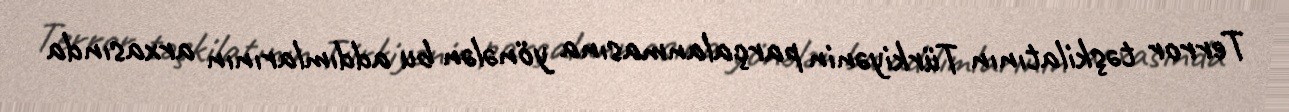
Terror təşkilatının Türkiyənin parçalanmasına yönələn bu addımlarının arxasında